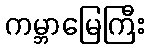
ကမ္ဘာမြေကြီး